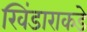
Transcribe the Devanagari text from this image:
खिंडाराकडे